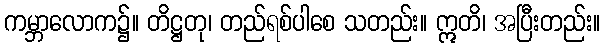
ကမ္ဘာလောက၌။ တိဋ္ဌတု၊ တည်ရစ်ပါစေ သတည်း။ ဣတိ၊ အပြီးတည်း။